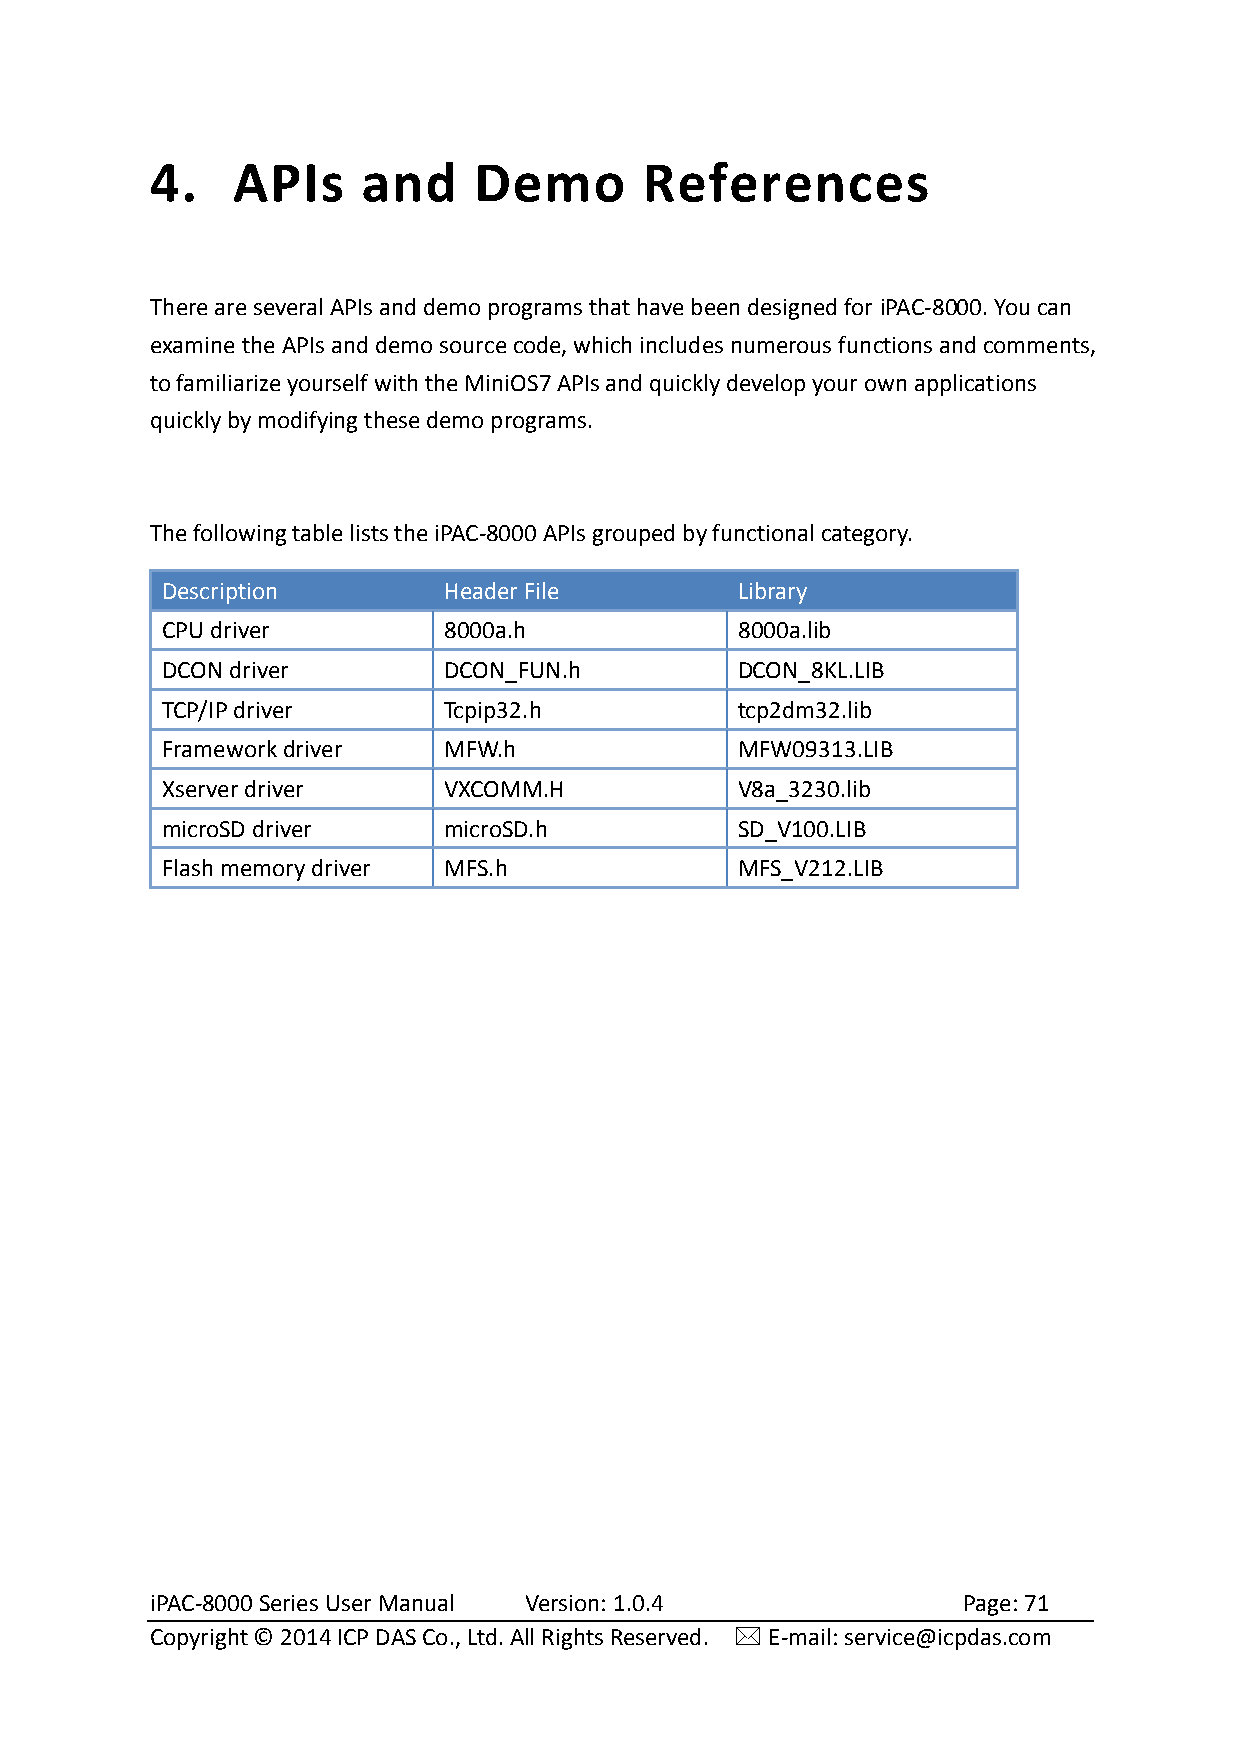
4.   APIs     and    Demo        References
 There are several APIs and demo programs that have been designed for iPAC-8000. You can
 examine the APIs and demo source code, which includes numerous functions and comments,
 to familiarize yourself with the MiniOS7 APIs and quickly develop your own applications
 quickly by modifying these demo programs.
 The following table lists the iPAC-8000 APIs grouped by functional category.
 Description       Header File         Library
 CPU driver        8000a.h             8000a.lib
 DCON driver       DCON_FUN.h          DCON_8KL.LIB
 TCP/IP driver     Tcpip32.h           tcp2dm32.lib
 Framework driver  MFW.h               MFW09313.LIB
 Xserver driver    VXCOMM.H            V8a_3230.lib
 microSD driver    microSD.h           SD_V100.LIB
 Flash memory driver MFS.h             MFS_V212.LIB
 iPAC-8000 Series User Manual Version: 1.0.4           Page: 71
 Copyright © 2014 ICP DAS Co., Ltd. All Rights Reserved.  E-mail: service@icpdas.com